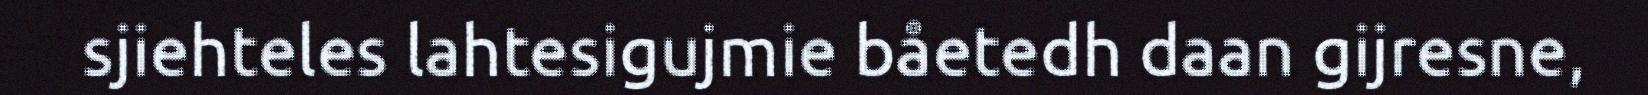
sjiehteles lahtesigujmie båetedh daan gijresne,